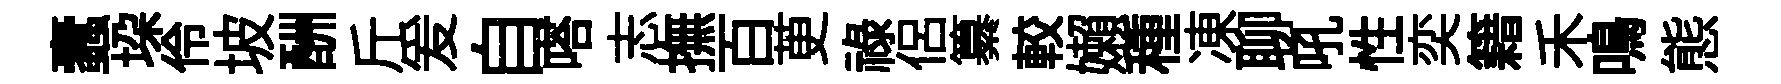
蠧垜伶坡酬斤爰自嗒志撫百茰禄侣纂較嬾種凍聊吼性奕籍禾鳴態